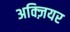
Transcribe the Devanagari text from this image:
अक्ज़ियर